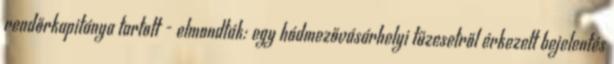
rendőrkapitánya tartott - elmondták: egy hódmezővásárhelyi tűzesetről érkezett bejelentés